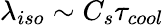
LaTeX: \lambda_{iso}\sim C_{s}\tau_{cool}